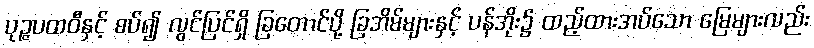
ပုဉ္ဇပထဝီနှင့် စပ်၍ လွင်ပြင်ရှိ ခြတောင်ပို့ ခြအိမ်များနှင့် ပန်အိုး၌ ထည့်ထားအပ်သော မြေများလည်း